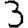
Digit: 3